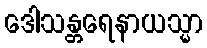
ဒေါသန္တရေနာယသ္မာ